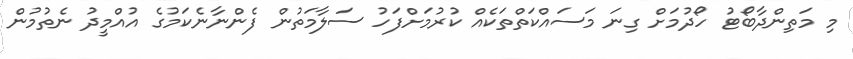
މި މަތިންދާބޯޓު ހޯދުމަށް ގިނަ މަސައްކަތްތަކެއް ކުރުމަށްފަހު ސަލާމަތުން ފެންނާނެކަމުގެ އުއްމީދު ނެތުމުން